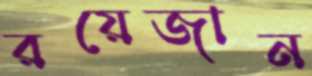
রয়েজান